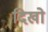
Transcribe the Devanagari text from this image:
दिखो